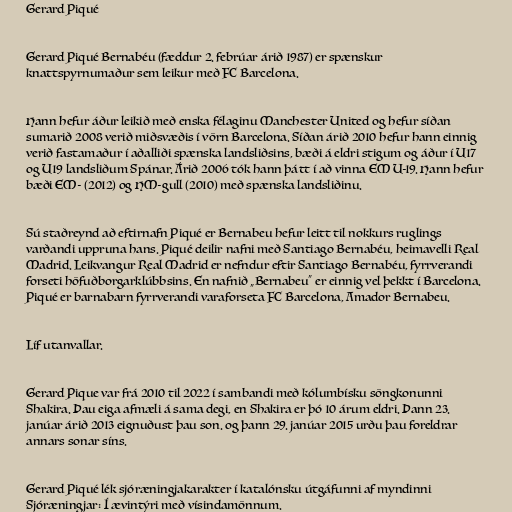
Gerard Piqué

Gerard Piqué Bernabéu (fæddur 2. febrúar árið 1987) er spænskur
knattspyrnumaður sem leikur með FC Barcelona.

Hann hefur áður leikið með enska félaginu Manchester United og hefur síðan
sumarið 2008 verið miðsvæðis í vörn Barcelona. Síðan árið 2010 hefur hann einnig
verið fastamaður í aðalliði spænska landsliðsins, bæði á eldri stigum og áður í U17
og U19 landsliðum Spánar. Árið 2006 tók hann þátt í að vinna EM U-19. Hann hefur
bæði EM- (2012) og HM-gull (2010) með spænska landsliðinu.

Sú staðreynd að eftirnafn Piqué er Bernabeu hefur leitt til nokkurs ruglings
varðandi uppruna hans. Piqué deilir nafni með Santiago Bernabéu, heimavelli Real
Madrid. Leikvangur Real Madrid er nefndur eftir Santiago Bernabéu, fyrrverandi
forseti höfuðborgarklúbbsins. En nafnið „Bernabeu“ er einnig vel þekkt í Barcelona.
Piqué er barnabarn fyrrverandi varaforseta FC Barcelona, Amador Bernabeu.

Líf utanvallar.

Gerard Pique var frá 2010 til 2022 í sambandi með kólumbísku söngkonunni
Shakira. Þau eiga afmæli á sama degi, en Shakira er þó 10 árum eldri. Þann 23.
janúar árið 2013 eignuðust þau son. og þann 29. janúar 2015 urðu þau foreldrar
annars sonar síns.

Gerard Piqué lék sjóræningjakarakter í katalónsku útgáfunni af myndinni
Sjóræningjar: Í ævintýri með vísindamönnum.